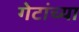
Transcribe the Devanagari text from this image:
गेटांच्या